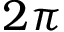
2 \pi